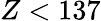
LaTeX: Z<137